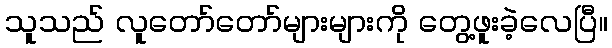
သူသည် လူတော်တော်များများကို တွေ့ဖူးခဲ့လေပြီ။